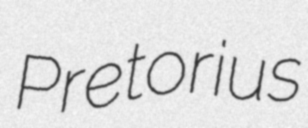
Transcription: Pretorius